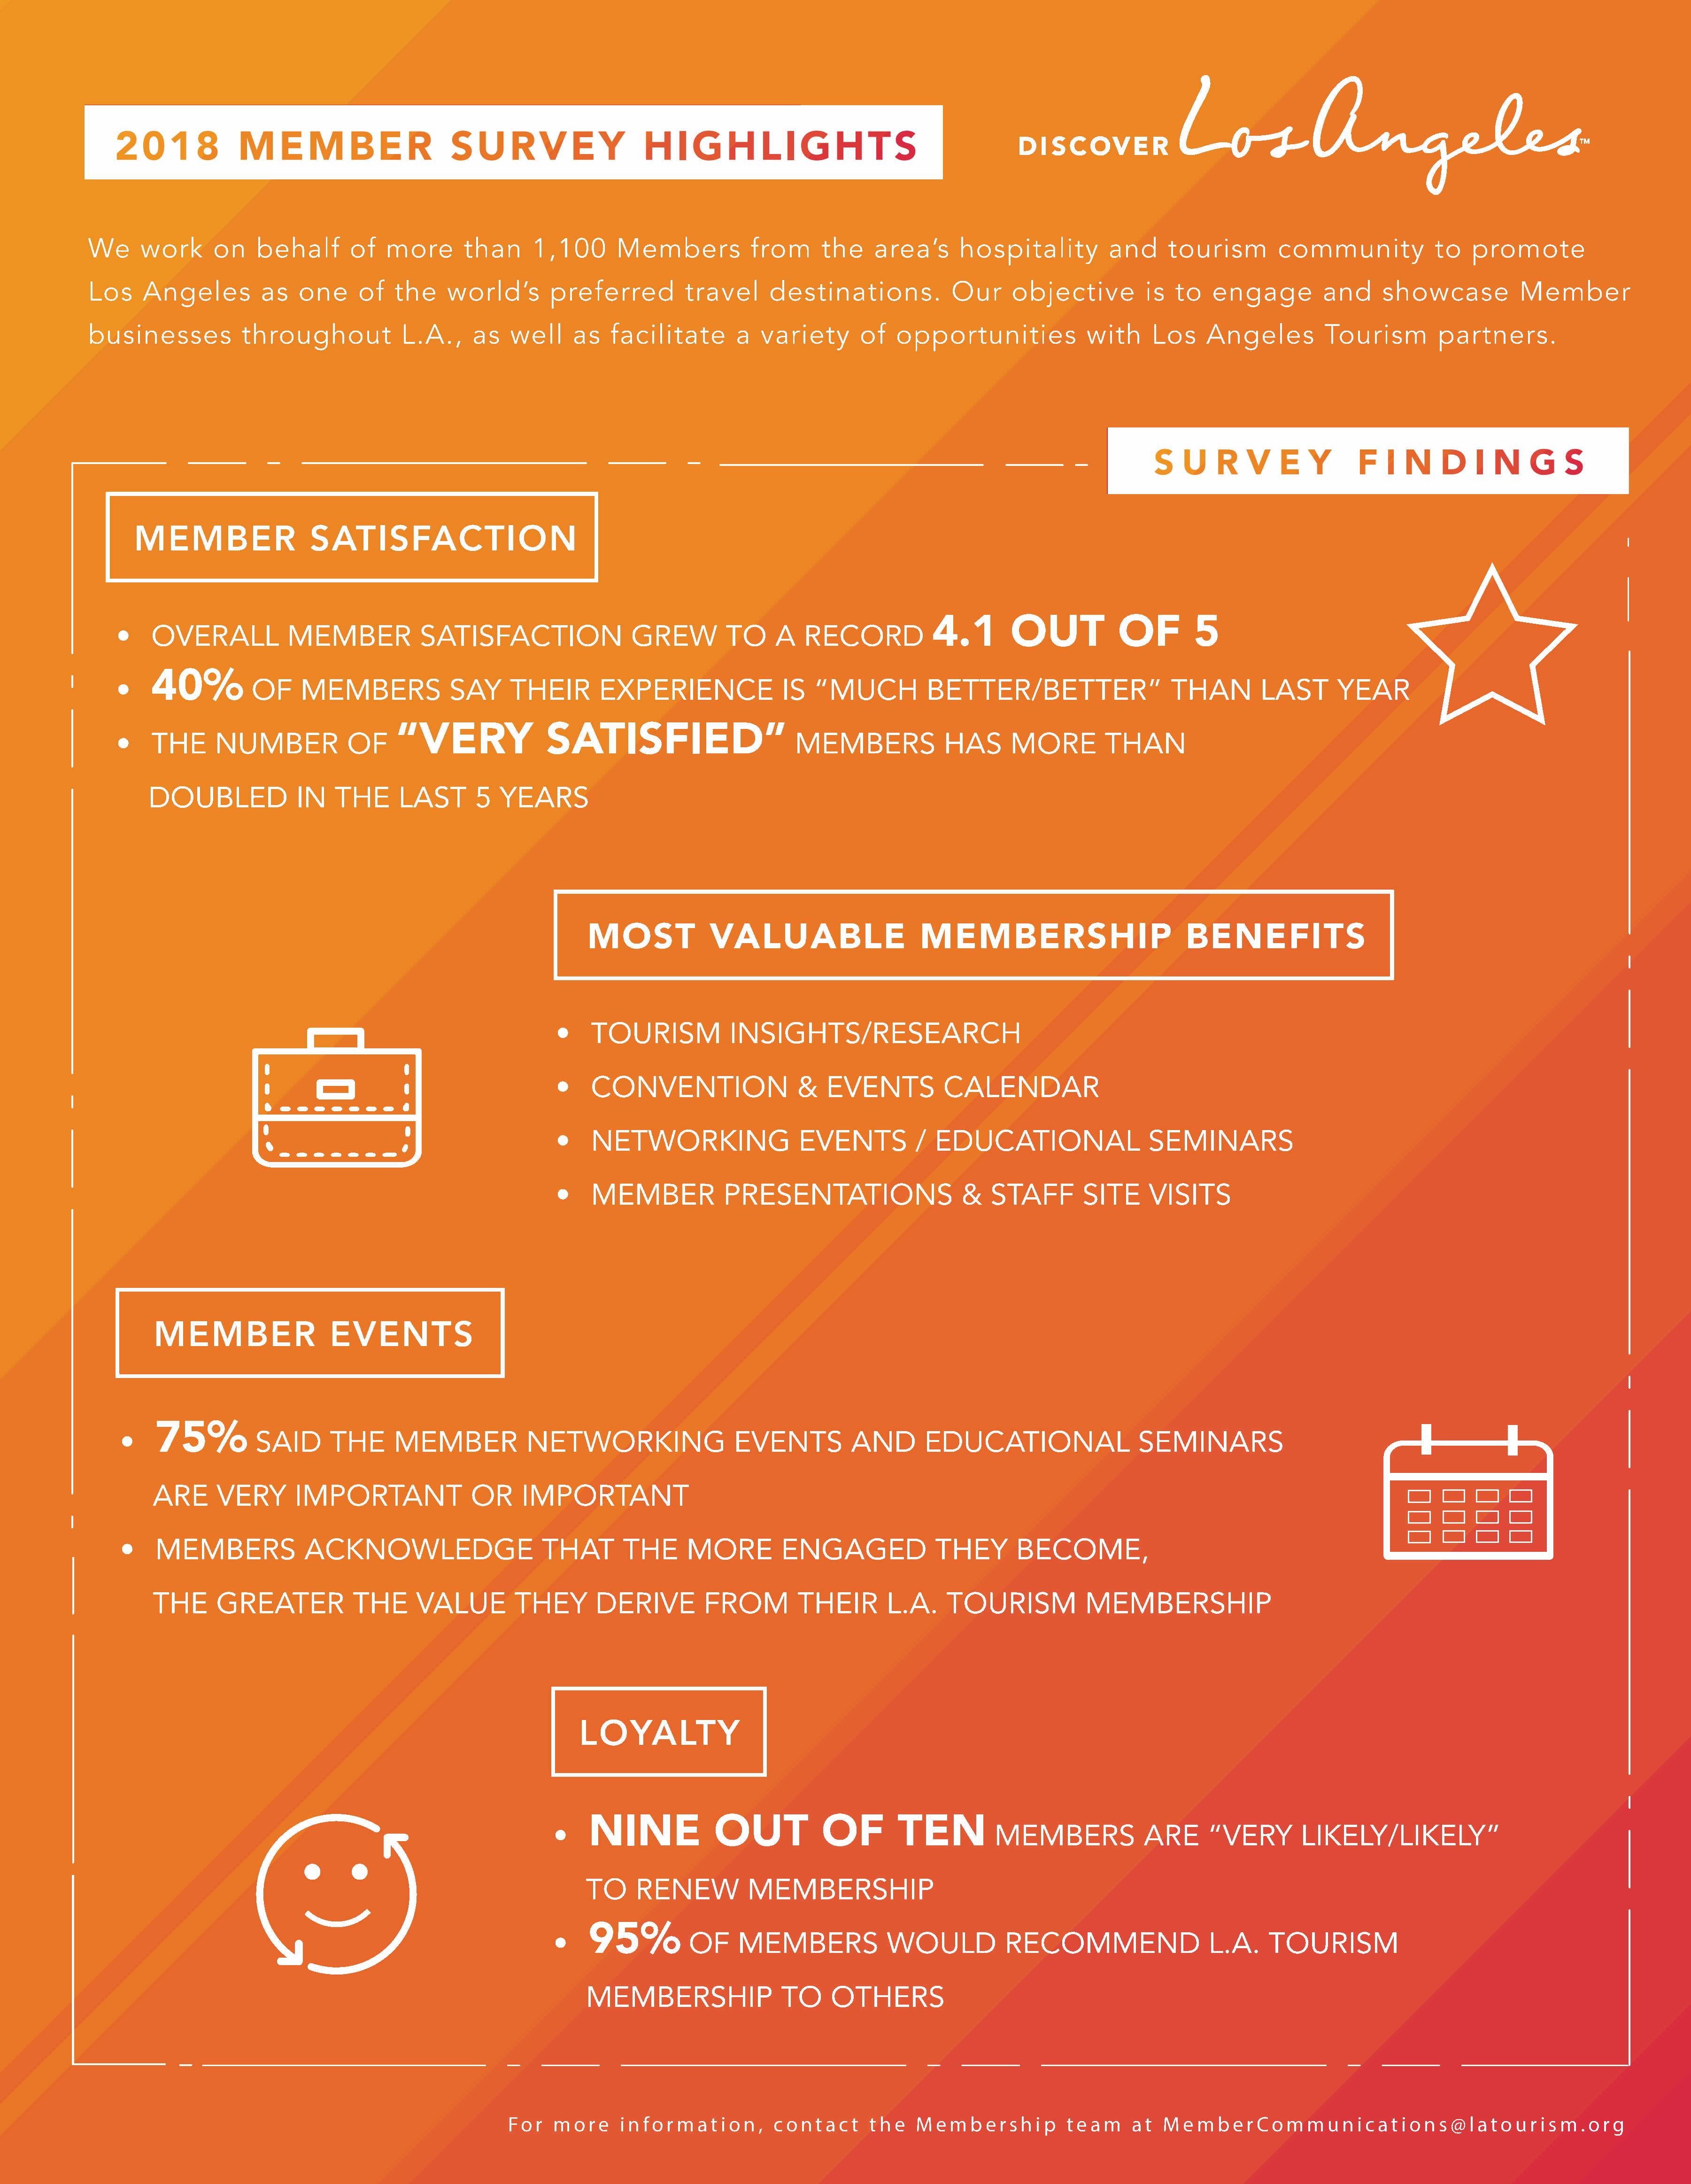
We      work      on    behalf       of   more       than      1,100       Members            from      the    area’s      hospitality          and      tourism        community             to   promote
 Los     Angeles          as   one     of    the    world’s       preferred           travel     destinations.             Our      objective         is   to   engage         and      showcase           Member
 businesses            throughout             L.A.,     as   well     as   facilitate        a  variety       of   opportunities              with     Los     Angeles          Tourism         partners.
 MEMBER                   SATISFACTION
 4.1        OUT             OF        5
 •
 OVERALL            MEMBER             SATISFACTION                  GREW         TO     A   RECORD
 40%
 •
 OF     MEMBERS              SAY      THEIR       EXPERIENCE                IS   “MUCH           BETTER/BETTER”                    THAN         LAST      YEAR
 “VERY                SATISFIED”
 •
 THE      NUMBER             OF                                                             MEMBERS              HAS      MORE          THAN
 DOUBLED              IN   THE      LAST       5  YEARS
 MOST             VALUABLE                      MEMBERSHIP                           BENEFITS
 •    TOURISM             INSIGHTS/RESEARCH
 •    CONVENTION                   &   EVENTS           CALENDAR
 •    NETWORKING                    EVENTS          /  EDUCATIONAL                   SEMINARS
 •    MEMBER             PRESENTATIONS                    &    STAFF        SITE     VISITS
 MEMBER                  EVENTS
 75%
 •
 SAID       THE     MEMBER             NETWORKING                   EVENTS           AND       EDUCATIONAL                   SEMINARS
 ARE      VERY       IMPORTANT               OR     IMPORTANT
 •    MEMBERS              ACKNOWLEDGE                      THAT        THE      MORE         ENGAGED               THEY       BECOME,
 THE     GREATER             THE      VALUE         THEY       DERIVE         FROM         THEIR        L.A.    TOURISM             MEMBERSHIP
 LOYALTY
 NINE              OUT            OF        TEN
 •
 MEMBERS              ARE      “VERY        LIKELY/LIKELY”
 TO     RENEW          MEMBERSHIP
 95%
 •
 OF     MEMBERS              WOULD            RECOMMEND                   L.A.     TOURISM
 MEMBERSHIP                 TO     OTHERS
 Fo r  m  o r e i n fo r m a t i o n , c o n t a c t t h e M e m  b e r s h i p t e a m  a t M  e m  b e r Co m  m  u n i c a t i o n s @ l a t o u r i s m . o r g